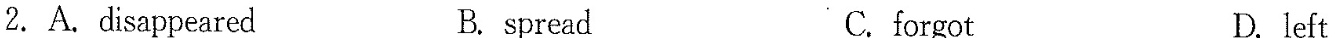
2.A.disappeared B. spread C. forgot D.left